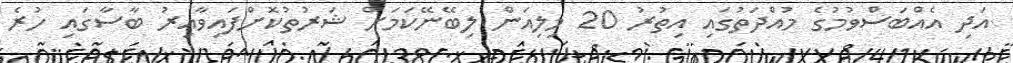
އަދި އެއްބަސްވުމުގެ މުއްދަތުގައި އިތުރު 20 މިލިއަން ލިބޭނޭކަމަށް ޝަރުތުކޮށްފައިވާއިރު ބާސާގައި ހުރެ